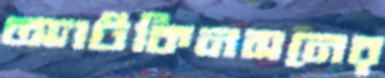
অ্যাটকিনসনের